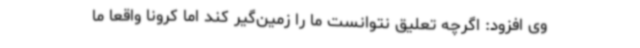
وی افزود: اگرچه تعلیق نتوانست ما را زمین‌گیر کند اما کرونا واقعا ما